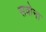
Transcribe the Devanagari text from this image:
सवोना